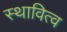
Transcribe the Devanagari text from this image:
स्थावित्व